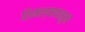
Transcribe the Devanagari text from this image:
शिमल्यापासुन